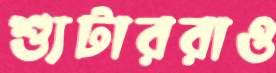
শ্যুটাররাও